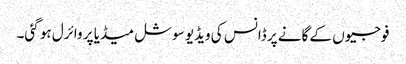
فوجیوں کے گانے پر ڈانس کی ویڈیو سوشل میڈیا پر وائرل ہو گئی۔